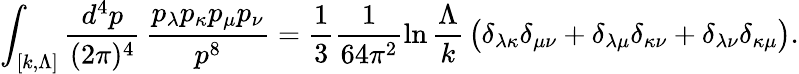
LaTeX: \int_{[k,\Lambda]}\frac{d^{4}p}{(2\pi)^{4}}\, \frac{p_{\lambda}p_{\kappa}p_{\mu}p_{\nu}}{p^{8}}=\frac{1}{3}\frac{1}{64\pi^{2}}\ln\frac{\Lambda}{k}\, \bigl(\delta_{\lambda\kappa}\delta_{\mu\nu}+\delta_{\lambda\mu}\delta_{\kappa\nu}+\delta_{\lambda\nu}\delta_{\kappa\mu}\bigr).